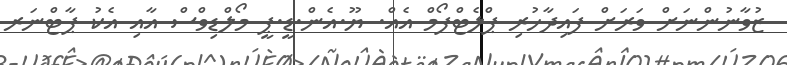
ޒުވާނުންނަށް ވަރަށް ފައިދާހުރި ޕްލެޓްފޯމް އެއް. ޔޫ.އެން.ޑީ.ޕީ މޯލްޑިވްސް އާއި އެކު ޕާޓްނަރ